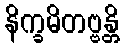
နိက္ခမိတဗ္ဗန္တိ